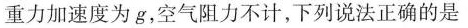
重力加速度为g，空气阻力不计，下列说法正确的是